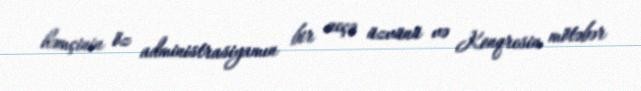
həmçinin öz administrasiyamın bir neçə üzvünü və Konqresin mötəbər